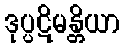
ဒုပ္ပဋိမန္တိယာ